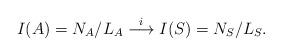
LaTeX: \begin{align*} I(A) = N_A / L_A \stackrel{i}{\longrightarrow} I(S) = N_S / L_S.\end{align*}